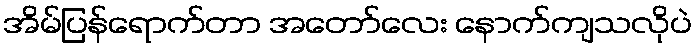
အိမ်ပြန်ရောက်တာ အတော်လေး နောက်ကျသလိုပဲ